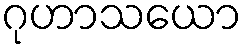
ဂုဟာသယော